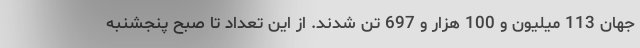
جهان 113 میلیون و 100 هزار و 697 تن شدند. از این تعداد تا صبح پنجشنبه